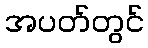
အပတ်တွင်